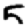
Digit: 5